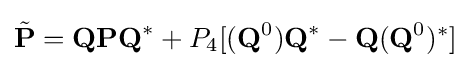
{\tilde {\textbf {P}}}={\textbf {Q}}{\textbf {P}}{\textbf {Q}}^{\ast }+P_{4}[({\textbf {Q}}^{0}){\textbf {Q}}^{\ast }-{\textbf {Q}}({\textbf {Q}}^{0})^{\ast }]